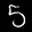
Label: 5